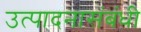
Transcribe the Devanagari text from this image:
उत्पादनासंबंधी